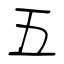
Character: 五